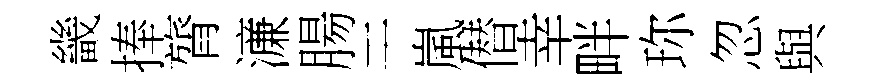
畿捧膂濓腸干嵐僣幸畔珎忽與